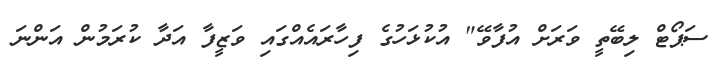
ސަޕޯޓް ލިބޭތީ ވަރަށް އުފާވޭ" އުކުޅަހުގެ ފިހާރައެއްގައި ވަޒީފާ އަދާ ކުރަމުން އަންނަ